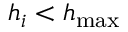
h _ { i } < h _ { \operatorname* { m a x } }